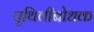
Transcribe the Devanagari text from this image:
पृथिवीबोधक